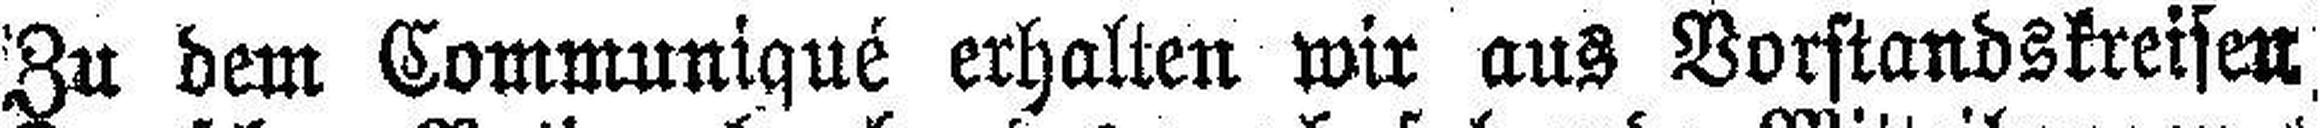
Zu dem Communiqué erhalten wir aus Vorstandskreisen